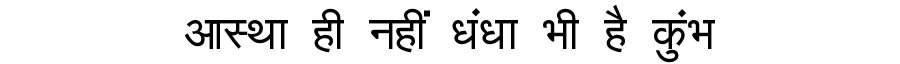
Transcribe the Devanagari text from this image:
आस्था ही नहीं धंधा भी है कुंभ